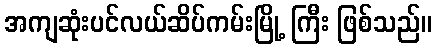
အကျဆုံးပင်လယ်ဆိပ်ကမ်းမြို့ ကြီး ဖြစ်သည်။